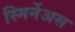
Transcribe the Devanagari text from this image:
स्मिर्नेअस